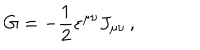
LaTeX: G = - \frac { 1 } { 2 } \varepsilon ^ { \mu \nu } J _ { \mu \nu } \, ,